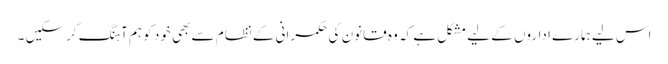
اس لیے ہمارے اداروں کے لیے مشکل ہے کہ وہ قانون کی حکمرانی کے نظام سے بھی خود کو ہم آہنگ کرسکیں ۔